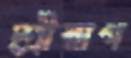
শ্রীরাগ